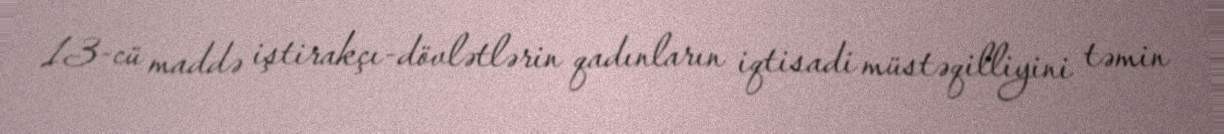
13-cü maddə iştirakçı-dövlətlərin qadınların iqtisadi müstəqilliyini təmin